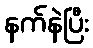
နက်နဲပြီး